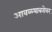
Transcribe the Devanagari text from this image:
आवळ्याबरोबर